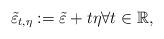
LaTeX: \begin{align*}\tilde \varepsilon_{t,\eta} := \tilde \varepsilon +t \eta \forall t \in \mathbb{R},\end{align*}